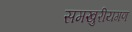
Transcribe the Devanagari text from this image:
समखुरीयगण